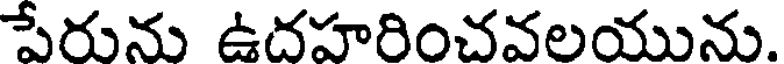
పేరును ఉదహరించవలయును.